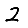
Digit: 2